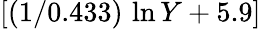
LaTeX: [(1/0.433)\, \ln{Y}+5.9]